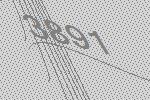
3891